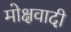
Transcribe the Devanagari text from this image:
मोक्षवादी